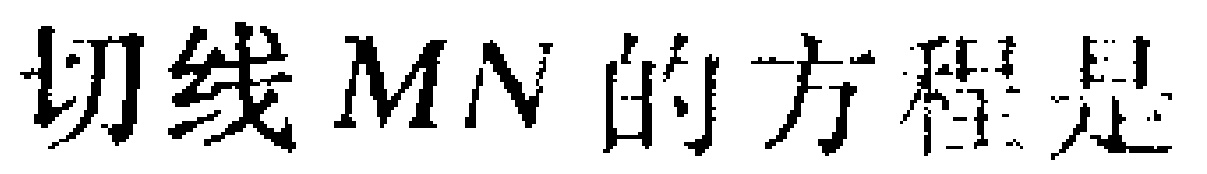
切线 \(MN\) 的方程是